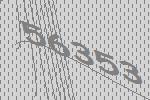
56353